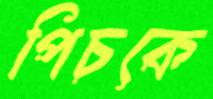
পিচকে